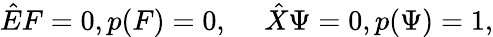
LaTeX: {\hat{E}}F=0,p(F)=0,\quad\ {\hat{X}}\Psi=0,p(\Psi)=1,